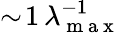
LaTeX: \sim\! 1\, \lambda_{\mathrm{~m~a~x~}}^{-1}